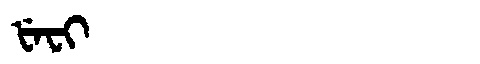
Manchu: ᡶᡝᠸᡳ
Romanization: FEFI